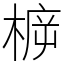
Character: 𣔳